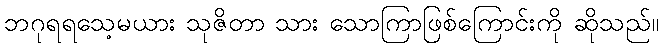
ဘဂုရရသေ့မယား သုဇိတာ သား သောကြာဖြစ်ကြောင်းကို ဆိုသည်။